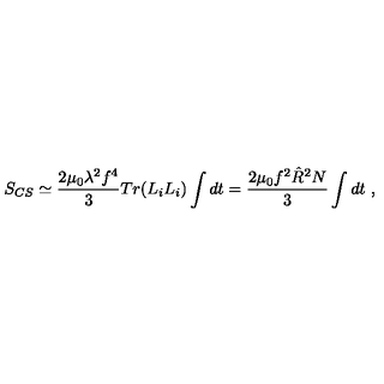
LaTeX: S _ { C S } \simeq \frac { 2 \mu _ { 0 } \lambda ^ { 2 } f ^ { 4 } } { 3 } T r ( L _ { i } L _ { i } ) \int d t = \frac { 2 \mu _ { 0 } f ^ { 2 } \hat { R } ^ { 2 } N } { 3 } \int d t \ ,